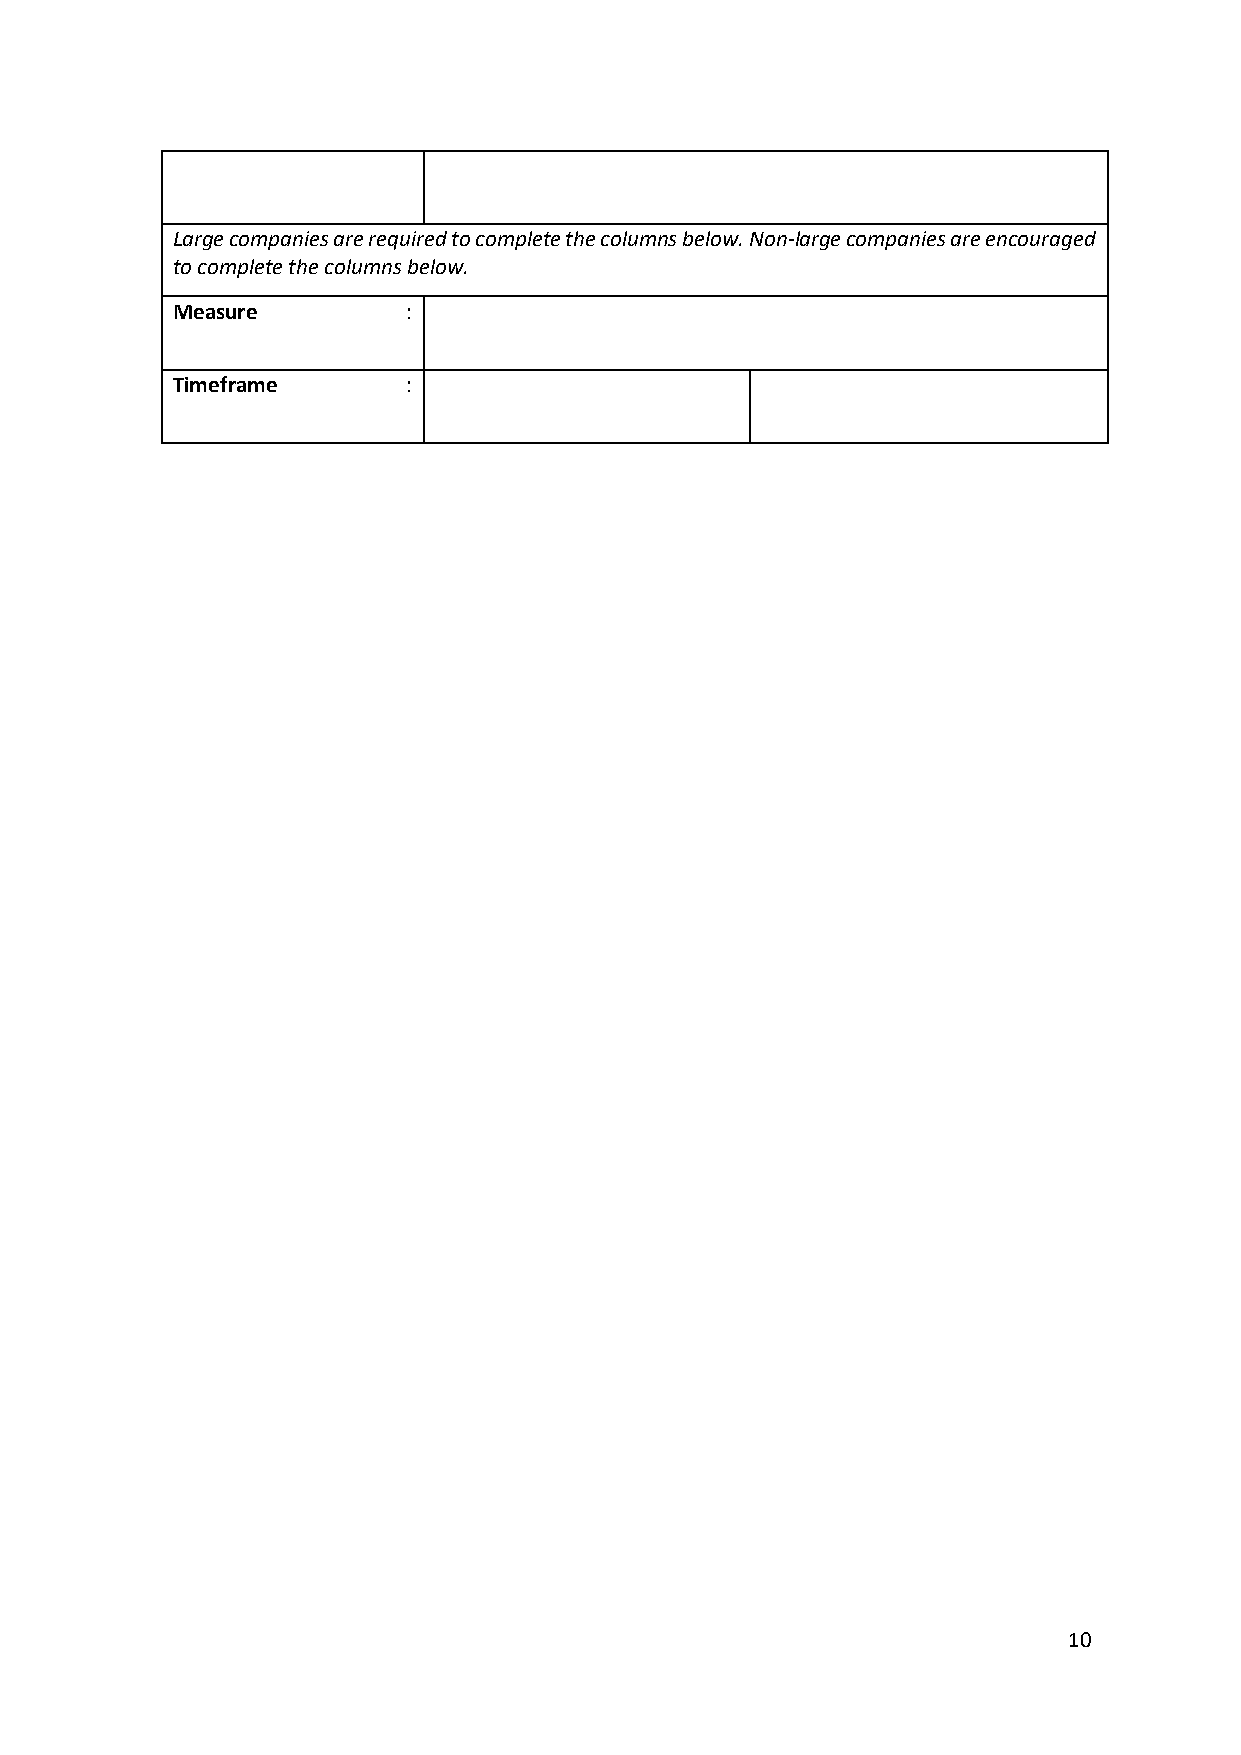
Large companies are required to complete the columns below. Non-large companies are encouraged
 to complete the columns below.
 Measure         :
 Timeframe       :
 10